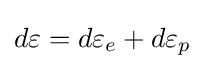
d\varepsilon =d\varepsilon _{e}+d\varepsilon _{p}